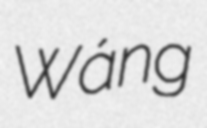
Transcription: Wáng